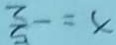
x = - \frac { 5 } { 2 }